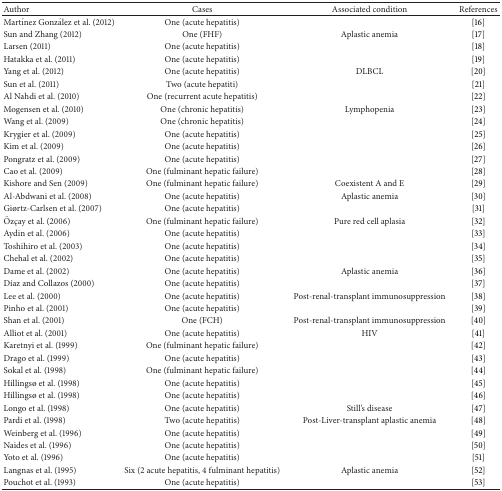
<table><thead><tr><td><b>Author</b></td><td><b>Cases</b></td><td><b>Associated condition</b></td><td><b>References</b></td></tr></thead><tbody><tr><td>Martínez González et al. (2012)</td><td>One (acute hepatitis)</td><td> </td><td>[16]</td></tr><tr><td>Sun and Zhang (2012)</td><td>One (FHF)</td><td>Aplastic anemia</td><td>[17]</td></tr><tr><td>Larsen (2011)</td><td>One (acute hepatitis)</td><td> </td><td>[18]</td></tr><tr><td>Hatakka et al. (2011)</td><td>One (acute hepatitis)</td><td> </td><td>[19]</td></tr><tr><td>Yang et al. (2012)</td><td>One (acute hepatitis)</td><td>DLBCL</td><td>[20]</td></tr><tr><td>Sun et al. (2011)</td><td>Two (acute hepatiti)</td><td> </td><td>[21]</td></tr><tr><td>Al Nahdi et al. (2010)</td><td>One (recurrent acute hepatitis)</td><td> </td><td>[22]</td></tr><tr><td>Mogensen et al. (2010)</td><td>One (chronic hepatitis)</td><td>Lymphopenia</td><td>[23]</td></tr><tr><td>Wang et al. (2009)</td><td>One (chronic hepatitis)</td><td> </td><td>[24]</td></tr><tr><td>Krygier et al. (2009)</td><td>One (acute hepatitis)</td><td> </td><td>[25]</td></tr><tr><td>Kim et al. (2009)</td><td>One (acute hepatitis)</td><td> </td><td>[26]</td></tr><tr><td>Pongratz et al. (2009)</td><td>One (acute hepatitis)</td><td> </td><td>[27]</td></tr><tr><td>Cao et al. (2009)</td><td>One (fulminant hepatic failure)</td><td> </td><td>[28]</td></tr><tr><td>Kishore and Sen (2009)</td><td>One (fulminant hepatic failure)</td><td>Coexistent A and E</td><td>[29]</td></tr><tr><td>Al-Abdwani et al. (2008)</td><td>One (acute hepatitis)</td><td>Aplastic anemia</td><td>[30]</td></tr><tr><td>Giørtz-Carlsen et al. (2007)</td><td>One (acute hepatitis)</td><td> </td><td>[31]</td></tr><tr><td>Özçay et al. (2006)</td><td>One (fulminant hepatic failure)</td><td>Pure red cell aplasia</td><td>[32]</td></tr><tr><td>Aydin et al. (2006)</td><td>One (acute hepatitis)</td><td> </td><td>[33]</td></tr><tr><td>Toshihiro et al. (2003)</td><td>One (acute hepatitis)</td><td> </td><td>[34]</td></tr><tr><td>Chehal et al. (2002)</td><td>One (acute hepatitis)</td><td> </td><td>[35]</td></tr><tr><td>Dame et al. (2002)</td><td>One (acute hepatitis)</td><td>Aplastic anemia</td><td>[36]</td></tr><tr><td>Díaz and Collazos (2000)</td><td>One (acute hepatitis)</td><td> </td><td>[37]</td></tr><tr><td>Lee et al. (2000)</td><td>One (acute hepatitis)</td><td>Post-renal-transplant immunosuppression</td><td>[38]</td></tr><tr><td>Pinho et al. (2001)</td><td>One (acute hepatitis)</td><td> </td><td>[39]</td></tr><tr><td>Shan et al. (2001)</td><td>One (FCH)</td><td>Post-renal-transplant immunosuppression</td><td>[40]</td></tr><tr><td>Alliot et al. (2001)</td><td>One (acute hepatitis)</td><td>HIV</td><td>[41]</td></tr><tr><td>Karetnyi et al. (1999)</td><td>One (fulminant hepatic failure)</td><td> </td><td>[42]</td></tr><tr><td>Drago et al. (1999)</td><td>One (acute hepatitis)</td><td> </td><td>[43]</td></tr><tr><td>Sokal et al. (1998)</td><td>One (fulminant hepatic failure)</td><td> </td><td>[44]</td></tr><tr><td>Hillingsø et al. (1998)</td><td>One (acute hepatitis)</td><td> </td><td>[45]</td></tr><tr><td>Hillingsø et al. (1998)</td><td>One (acute hepatitis)</td><td> </td><td>[46]</td></tr><tr><td>Longo et al. (1998)</td><td>One (acute hepatitis)</td><td>Still&#x27;s disease</td><td>[47]</td></tr><tr><td>Pardi et al. (1998)</td><td>Two (acute hepatitis)</td><td>Post-Liver-transplant aplastic anemia</td><td>[48]</td></tr><tr><td>Weinberg et al. (1996)</td><td>One (acute hepatitis)</td><td> </td><td>[49]</td></tr><tr><td>Naides et al. (1996)</td><td>One (acute hepatitis)</td><td> </td><td>[50]</td></tr><tr><td>Yoto et al. (1996)</td><td>One (acute hepatitis)</td><td> </td><td>[51]</td></tr><tr><td>Langnas et al. (1995)</td><td>Six (2 acute hepatitis, 4 fulminant hepatitis)</td><td>Aplastic anemia</td><td>[52]</td></tr><tr><td>Pouchot et al. (1993)</td><td>One (acute hepatitis)</td><td> </td><td>[53]</td></tr></tbody></table>